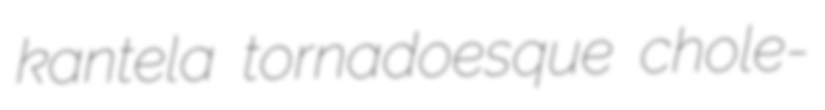
kantela tornadoesque chole-